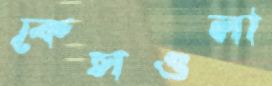
কেসগুলা